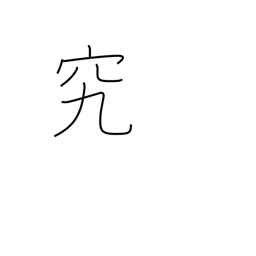
Meaning: study